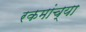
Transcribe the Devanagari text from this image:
रकमांच्या